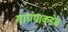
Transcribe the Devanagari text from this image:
गाण्याकडेच